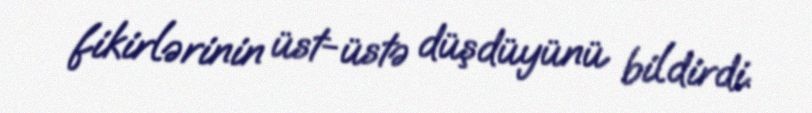
fikirlərinin üst-üstə düşdüyünü bildirdi.